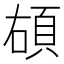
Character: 𩑲